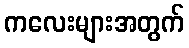
ကလေးများအတွက်